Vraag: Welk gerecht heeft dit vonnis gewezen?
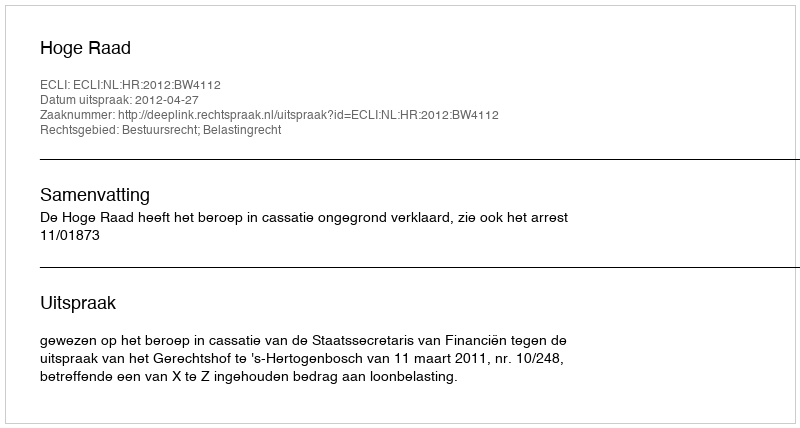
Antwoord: Hoge Raad